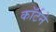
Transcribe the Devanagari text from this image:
कॉर्टने